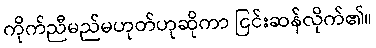
ကိုက်ညီမည်မဟုတ်ဟုဆိုကာ ငြင်းဆန်လိုက်၏။